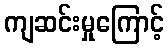
ကျဆင်းမှုကြောင့်